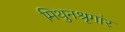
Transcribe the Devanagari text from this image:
मिथुनश्रृगांर